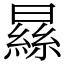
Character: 𣊡